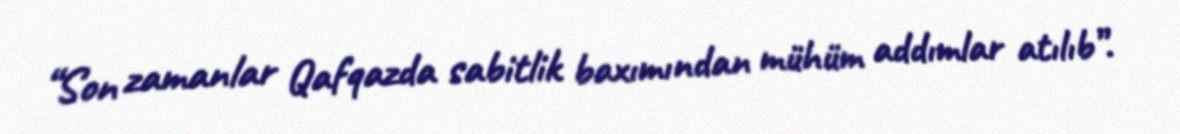
“Son zamanlar Qafqazda sabitlik baxımından mühüm addımlar atılıb”.